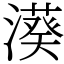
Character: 𣿮